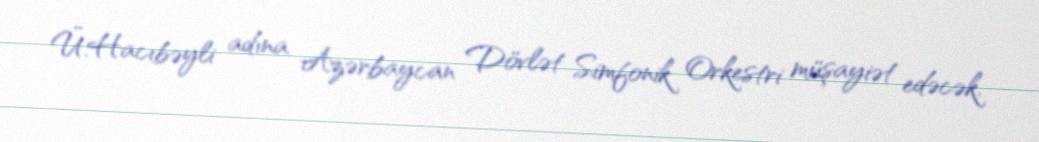
Ü.Hacıbəyli adına Azərbaycan Dövlət Simfonik Orkestri müşayiət edəcək.